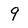
Character: 9